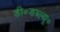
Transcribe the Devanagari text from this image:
डी॰डब्ल्यू॰